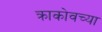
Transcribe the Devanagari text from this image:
क्राकोवच्या